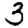
Digit: 3